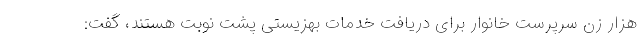
هزار زن سرپرست خانوار برای دریافت خدمات بهزیستی پشت نوبت هستند، گفت: